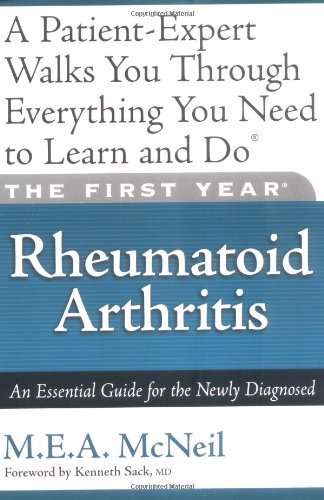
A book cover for The First Year: Rheumatoid Arthritis: An Essential Guide for the Newly Diagnosed; M.E.A. McNeil; Health, Fitness & Dieting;